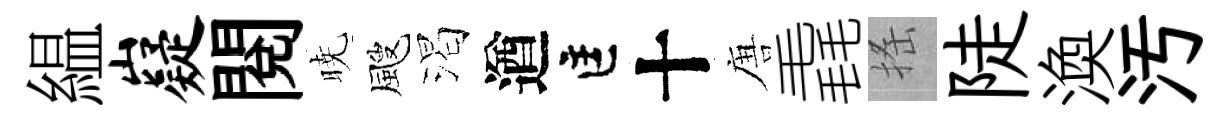
緼嶷閱暁颼渴遒匡十唐毳搖陡渙汚